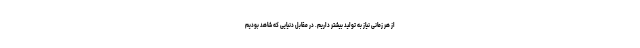
از هر زمانی نیاز به تولید بیشتر داریم. در مقابل دنیایی که شاهد بودیم